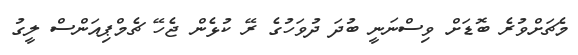
މެޗަށްވުރެ ބޮޑަށް ވިސްނަނީ ބުދަ ދުވަހުގެ ރޭ ކުޅެން ޖެހޭ ޗެމްޕިއަންސް ލީގު